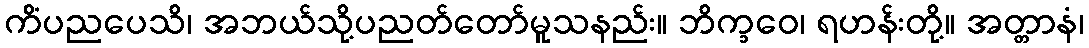
ကိံပညပေသိ၊ အဘယ်သို့ပညတ်တော်မူသနည်း။ ဘိက္ခဝေ၊ ရဟန်းတို့။ အတ္တာနံ၊